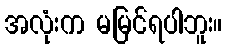
အလုံးက မမြင်ရပါဘူး။